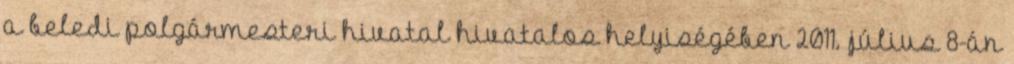
a beledi polgármesteri hivatal hivatalos helyiségében 2011. július 8-án